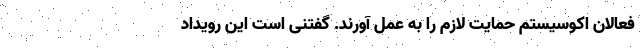
فعالان اکوسیستم حمایت لازم را به عمل آورند. گفتنی است این رویداد